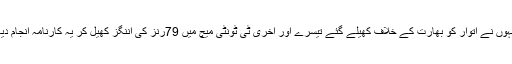
انہوں نے اتوار کو بھارت کے خلاف کھیلے گئے تیسرے اور آخری ٹی ٹونٹی میچ میں 79رنز کی اننگز کھیل کر یہ کارنامہ انجام دیا۔